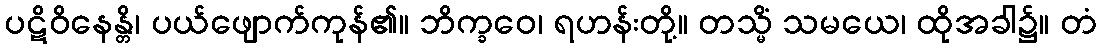
ပဋိဝိနေန္တိ၊ ပယ်ဖျောက်ကုန်၏။ ဘိက္ခဝေ၊ ရဟန်းတို့။ တသ္မိံ သမယေ၊ ထိုအခါ၌။ တံ